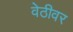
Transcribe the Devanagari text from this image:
वेठीवर